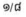
១/៨